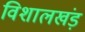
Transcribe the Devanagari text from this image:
विशालखंड़